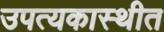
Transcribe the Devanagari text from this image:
उपत्यकास्थीत